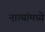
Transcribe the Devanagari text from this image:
नात्यांमध्ये